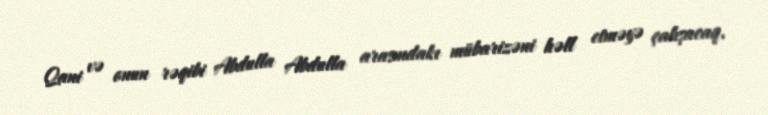
Qani və onun rəqibi Abdulla Abdulla arasındakı mübarizəni həll etməyə çalışacaq.